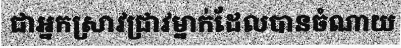
ជាអ្នកស្រាវជ្រាវម្នាក់ដែលបានចំណាយ